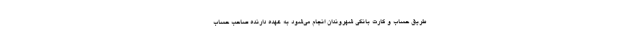
طریق حساب و کارت بانکی شهروندان انجام می‌شود به عهده دارنده صاحب حساب